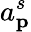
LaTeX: a_{\mathbf{p}}^{s}